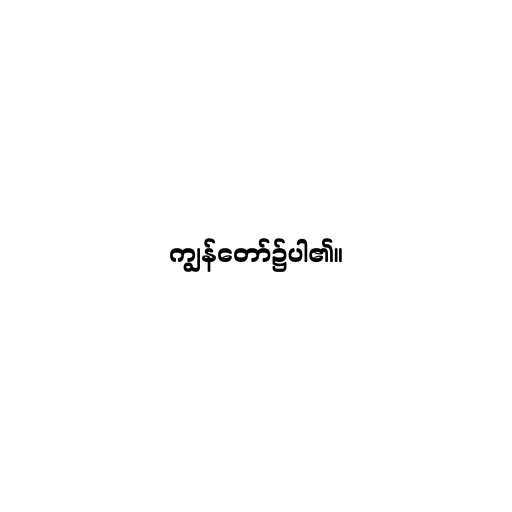
ကျွန်တော်၌ပါ၏။